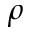
\rho